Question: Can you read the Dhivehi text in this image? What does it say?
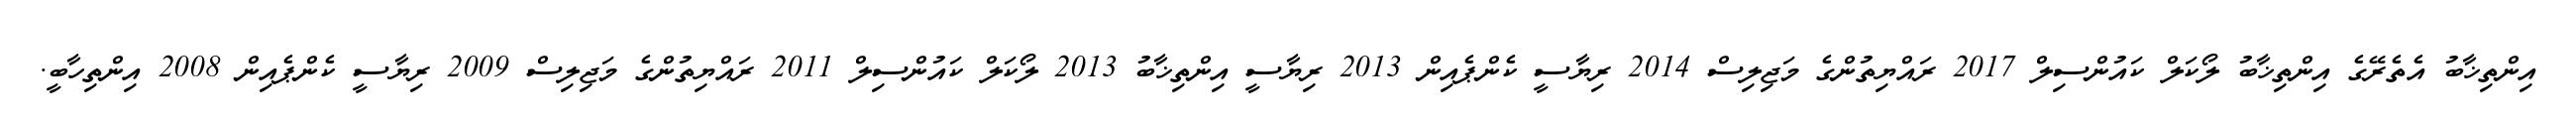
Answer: އިންތިޚާބު އެތެރޭގެ އިންތިޚާބު ލޯކަލް ކައުންސިލް 2017 ރައްޔިތުންގެ މަޖިލިސް 2014 ރިޔާސީ ކެންޕެއިން 2013 ރިޔާސީ އިންތިޚާބު 2013 ލޯކަލް ކައުންސިލް 2011 ރައްޔިތުންގެ މަޖިލިސް 2009 ރިޔާސީ ކެންޕެއިން 2008 އިންތިހާބީ.